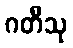
ဂတီသု